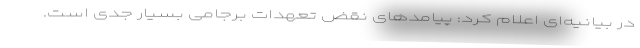
در بیانیه‌ای اعلام کرد: پیامدهای نقض تعهدات برجامی بسیار جدی است.